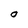
Character: 0